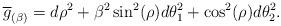
LaTeX: \begin{align*} \overline{g}_{(\beta)}= d\rho^2 + \beta^2 \sin^2(\rho) d\theta_1^2 + \cos^2(\rho) d\theta_2^2 . \end{align*}